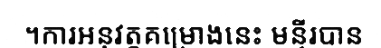
។ការអនុវត្តគម្រោងនេះ មន្ទីរបាន